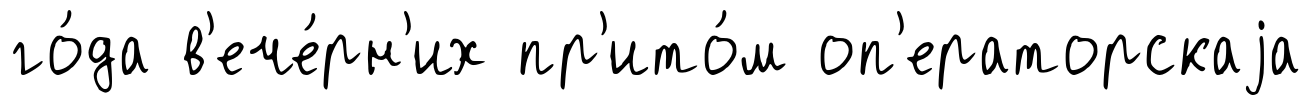
го́да в'ече́рн'их пр'ито́м оп'ераторскаjа